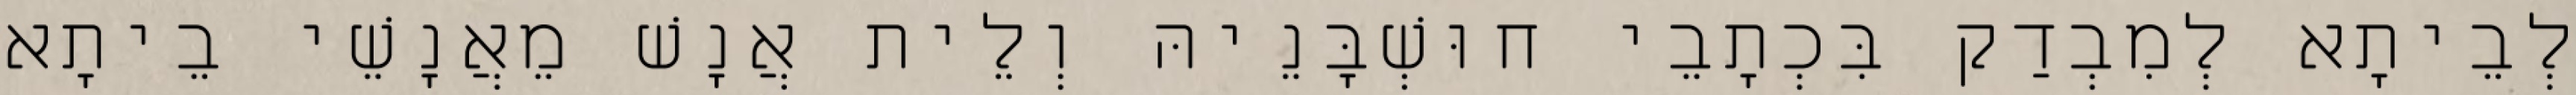
לְבֵיתָא לְמִבְדַק בִּכְתָבֵי חוּשְׁבָּנֵיהּ וְלֵית אֲנָשׁ מֵאֲנָשֵׁי בֵיתָא